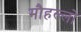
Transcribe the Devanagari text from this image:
मौहल्लो